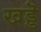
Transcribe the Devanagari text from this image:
खड्डॆ